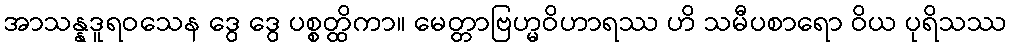
အာသန္နဒူရဝသေန ဒွေ ဒွေ ပစ္စတ္ထိကာ။ မေတ္တာဗြဟ္မဝိဟာရဿ ဟိ သမီပစာရော ဝိယ ပုရိသဿ